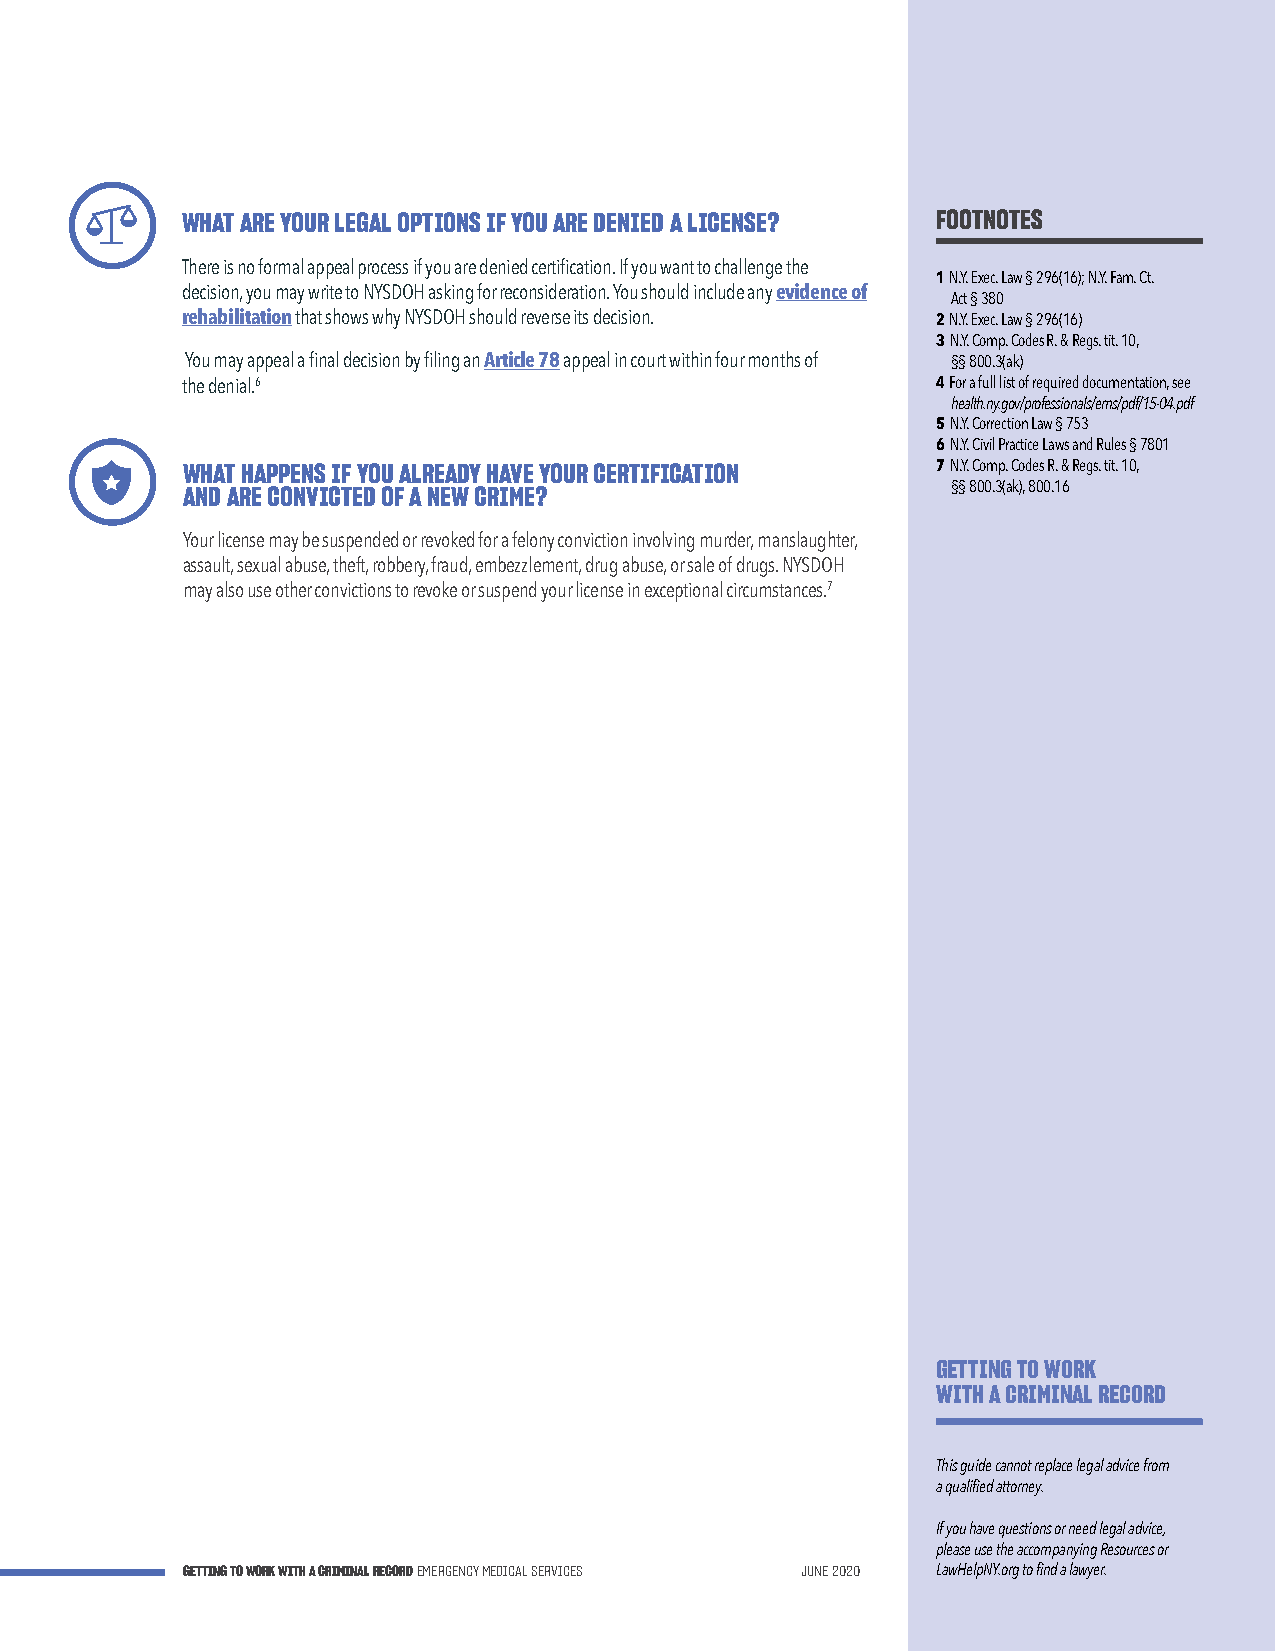
WHAT ARE YOUR LEGAL OPTIONS IF YOU ARE DENIED A LICENSE? FOOTNOTES
 There is no formal appeal process if you are denied certification. If you want to challenge the
 1 N.Y. Exec. Law § 296(16); N.Y. Fam. Ct.
 decision, you may write to NYSDOH asking for reconsideration. You should include any evidence of
 Act § 380
 rehabilitation that shows why NYSDOH should reverse its decision. 2 N.Y. Exec. Law § 296(16)
 3 N.Y. Comp. Codes R. & Regs. tit. 10,
 You may appeal a final decision by filing an Article 78 appeal in court within four months of §§ 800.3(ak)
 the denial.6                                      4 For a full list of required documentation, see
 health.ny.gov/professionals/ems/pdf/15-04.pdf
 5 N.Y. Correction Law § 753
 6 N.Y. Civil Practice Laws and Rules § 7801
 WHAT HAPPENS IF YOU ALREADY HAVE YOUR CERTIFICATION 7 N.Y. Comp. Codes R. & Regs. tit. 10,
 AND ARE CONVICTED OF A NEW CRIME?                  §§ 800.3(ak), 800.16
 Your license may be suspended or revoked for a felony conviction involving murder, manslaughter,
 assault, sexual abuse, theft, robbery, fraud, embezzlement, drug abuse, or sale of drugs. NYSDOH
 may also use other convictions to revoke or suspend your license in exceptional circumstances.7
 GETTING TO WORK
 WITH A CRIMINAL RECORD
 This guide cannot replace legal advice from
 a qualified attorney.
 If you have questions or need legal advice,
 please use the accompanying Resources or
 GETTING TO WORK WITH A CRIMINAL RECORD EMERGENCY MEDICAL SERVICES JUNE 2020 LawHelpNY.org to find a lawyer.